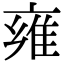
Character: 雍